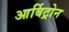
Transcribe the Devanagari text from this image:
आर्बिट्रोन